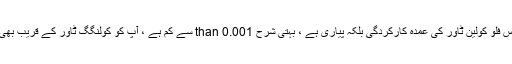
2). پانی کے بہتے ہوئے YHW اوپن کراس فلو کولین ٹاور کی عمدہ کارکردگی بلکہ پیاری ہے ، بہتی شرح 0.001 than سے کم ہے ، آپ کو کولنگگ ٹاور کے قریب بھی بمشکل ہی پانی کھڑا محسوس ہوسکتا ہے۔